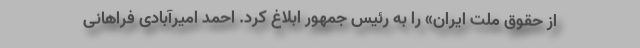
از حقوق ملت ایران» را به رئیس جمهور ابلاغ کرد. احمد امیرآبادی فراهانی